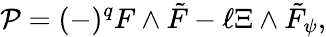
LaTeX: {\cal P}=(-)^{q}F\wedge\tilde{F}-\ell\Xi\wedge\tilde{F}_{\psi},